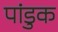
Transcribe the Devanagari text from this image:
पांडुक